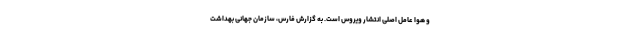
و هوا عامل اصلی انتشار ویروس است. به گزارش فارس، سازمان جهانی بهداشت